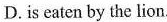
D.is eaten by the lion.